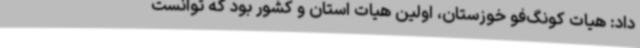
داد: هیات کونگ‌فو خوزستان، اولین هیات استان و کشور بود که توانست